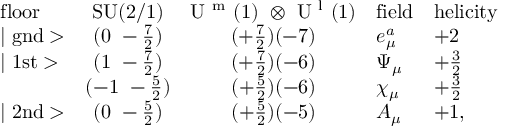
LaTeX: \begin{array} { l c c l l } { { \mathrm { f l o o r } } } & { { \mathrm { S U ( 2 / 1 ) } } } & { { \mathrm { U ~ ^ { m } ~ ( 1 ) ~ \otimes ~ U ~ ^ { l } ~ ( 1 ) } } } & { { \mathrm { f i e l d } } } & { { \mathrm { h e l i c i t y } } } \\ { { \mid \mathrm { g n d } > } } & { { ( 0 ~ - \frac { 7 } { 2 } ) } } & { { ( + \frac { 7 } { 2 } ) ( - 7 ) } } & { { e _ { \mu } ^ { a } } } & { { + 2 } } \\ { { \mid \mathrm { 1 s t } > } } & { { ( 1 ~ - \frac { 7 } { 2 } ) } } & { { ( + \frac { 7 } { 2 } ) ( - 6 ) } } & { { \Psi _ { \mu } } } & { { + \frac { 3 } { 2 } } } \\ { { } } & { { ( - 1 ~ - \frac { 5 } { 2 } ) } } & { { ( + \frac { 5 } { 2 } ) ( - 6 ) } } & { { \chi _ { \mu } } } & { { + \frac { 3 } { 2 } } } \\ { { \mid \mathrm { 2 n d } > } } & { { ( 0 ~ - \frac { 5 } { 2 } ) } } & { { ( + \frac { 5 } { 2 } ) ( - 5 ) } } & { { A _ { \mu } } } & { { + 1 , } } \end{array}